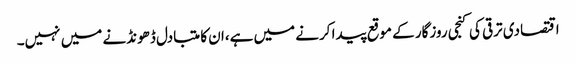
اقتصادی ترقی کی کنجی روزگار کے موقع پیدا کرنے میں ہے،ان کا متبادل ڈھونڈنے میں نہیں۔